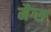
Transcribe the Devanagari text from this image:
मैग्स